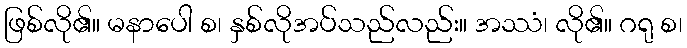
ဖြစ်လို၏။ မနာပေါ စ၊ နှစ်လိုအပ်သည်လည်း။ အဿံ၊ လို၏။ ဂရု စ၊